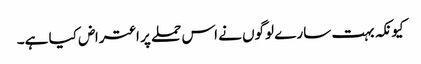
کیونکہ بہت سارے لوگوں نے اس حملے پر اعتراض کیا ہے۔